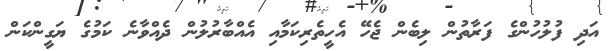
އަދި ފުލުހުންގެ ފަރާތުން ލިބެން ޖެހޭ އެހީތެރިކަމާއި އެއްބާރުލުން ދެއްވާނެ ކަމުގެ ޔަގީންކަން